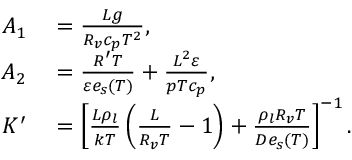
\begin{array} { r l } { A _ { 1 } } & { { } = \frac { { \cal L } g } { R _ { v } c _ { p } T ^ { 2 } } , } \\ { A _ { 2 } } & { { } = \frac { R ^ { \prime } T } { \varepsilon e _ { s } ( T ) } + \frac { { \cal L } ^ { 2 } \varepsilon } { p T c _ { p } } , } \\ { K ^ { \prime } } & { { } = \left[ \frac { { \cal L } \rho _ { l } } { k T } \left( \frac { \cal L } { R _ { v } T } - 1 \right) + \frac { \rho _ { l } R _ { v } T } { D e _ { s } ( T ) } \right] ^ { - 1 } . } \end{array}